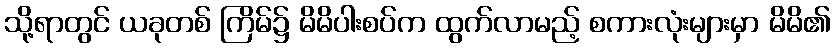
သို့ရာတွင် ယခုတစ် ကြိမ်၌ မိမိပါးစပ်က ထွက်လာမည့် စကားလုံးများမှာ မိမိ၏